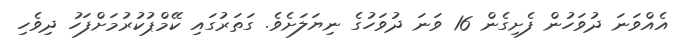
އެއްވަނަ ދުވަހުން ފެށިގެން 16 ވަނަ ދުވަހުގެ ނިޔަލަށެވެ. ގަތަރުގައި ކޭމްޕުކުރުމަށްފަހު ދިވެހި